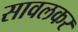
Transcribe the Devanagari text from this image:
सावलकर